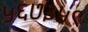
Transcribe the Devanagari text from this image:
५६७३५९